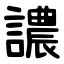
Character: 譨